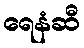
ရေနံဆီ